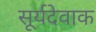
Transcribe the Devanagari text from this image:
सूर्यदेवाक